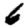
Digit: 6